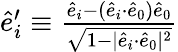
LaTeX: \begin{array}{r}{\hat{e}_{i}^{\prime}\equiv\frac{\hat{e}_{i}-(\hat{e}_{i}{\cdot}\hat{e}_{0})\hat{e}_{0}}{\sqrt{1-|\hat{e}_{i}{\cdot}\hat{e}_{0}|^{2}}}}\end{array}